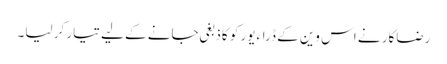
رضاکار نے اس وین کے ڈراءیور کو کاذبغی جانے کے لیے تیار کر لیا۔